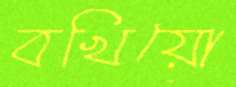
বখিয়ো